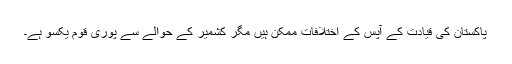
پاکستان کی قیادت کے آپس کے اختلافات ممکن ہیں مگر کشمیر کے حوالے سے پوری قوم یکسو ہے۔